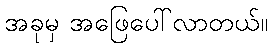
အခုမှ အဖြေပေါ်လာတယ်။